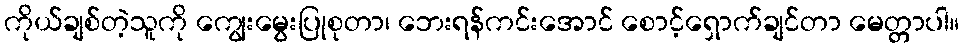
ကိုယ်ချစ်တဲ့သူကို ကျွေးမွေးပြုစုတာ၊ ဘေးရန်ကင်းအောင် စောင့်ရှောက်ချင်တာ မေတ္တာပါ။